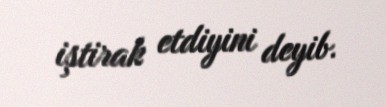
iştirak etdiyini deyib.